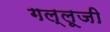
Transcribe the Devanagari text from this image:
गल्लूजी